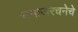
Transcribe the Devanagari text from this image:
समाजरचनेचे